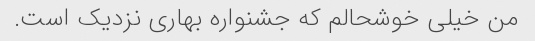
من خیلی خوشحالم که جشنواره بهاری نزدیک است.